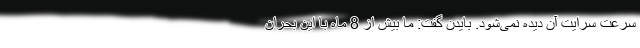
سرعت سرایت آن دیده نمی‌شود. بایدن گفت: ما بیش از 8 ماه با این بحران